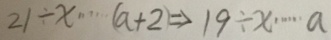
2 1 \div x \cdots ( a + 2 ) \Rightarrow 1 9 \div x \cdots a